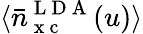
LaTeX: \langle\bar{n}_{\mathrm{~x~c~}}^{\mathrm{~L~D~A~}}(u)\rangle